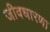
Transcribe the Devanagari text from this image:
जीवधारणा